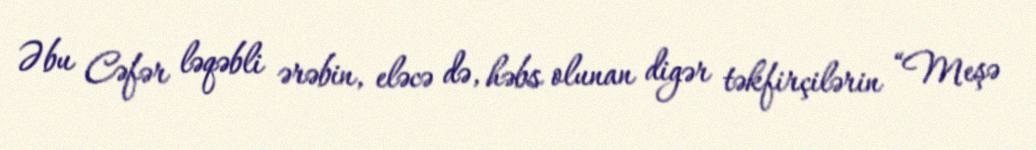
Əbu Cəfər ləqəbli ərəbin, eləcə də, həbs olunan digər təkfirçilərin “Meşə